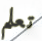
تعلم